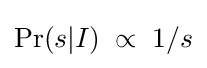
\mathrm {Pr} (s|I)\;\propto \;1/s